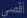
أقصى